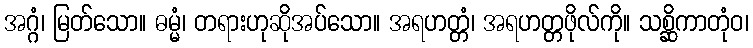
အဂ္ဂံ၊ မြတ်သော။ ဓမ္မံ၊ တရားဟုဆိုအပ်သော။ အရဟတ္တံ၊ အရဟတ္တဖိုလ်ကို။ သစ္ဆိကာတုံဝ၊